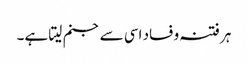
ہر فتنہ و فساد اسی سے جنم لیتا ہے۔